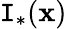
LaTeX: \mathtt{I}_{\ast}(\mathbf{{x}})